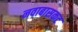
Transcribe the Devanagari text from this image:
नवाबासकट